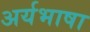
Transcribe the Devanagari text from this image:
अर्यभाषा